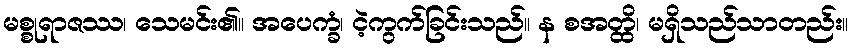
မစ္စုရာဇဿ၊ သေမင်း၏။ အပေက္ခံ၊ ငဲ့ကွက်ခြင်းသည်။ န စအတ္ထိ၊ မရှိသည်သာတည်း။